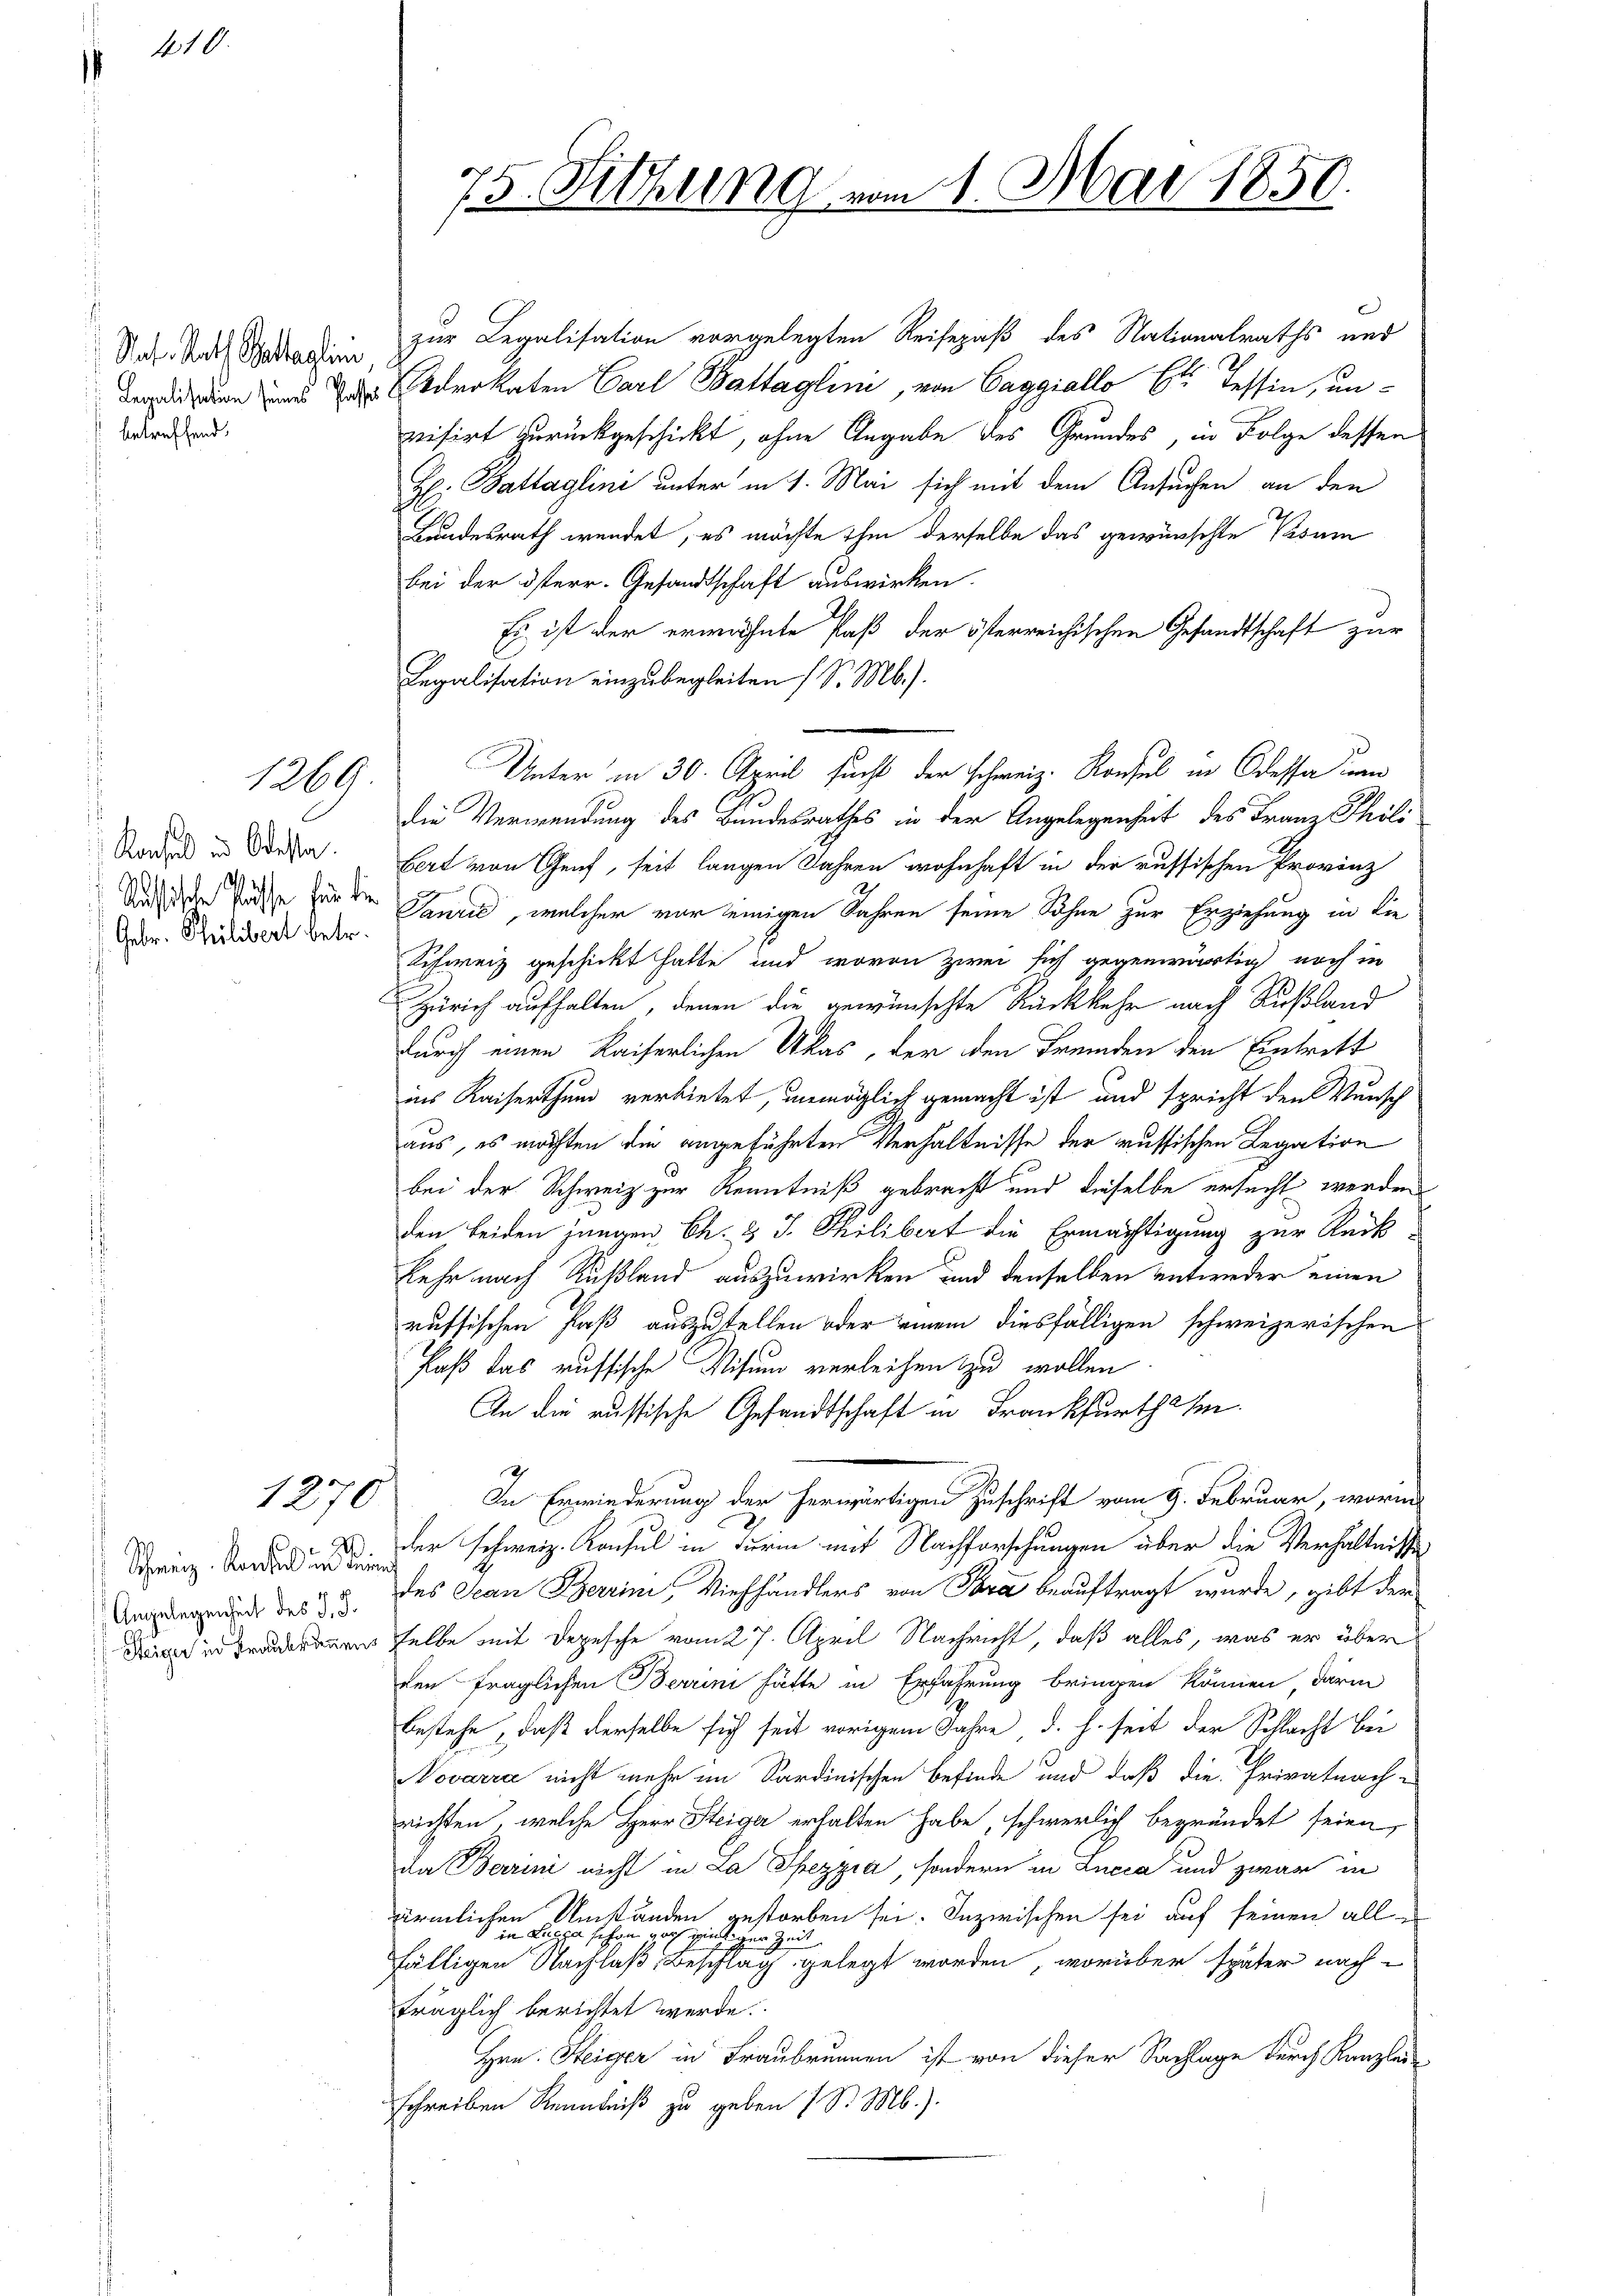
410.

Sat. Rath Bastaglini
betreffend.

Kachel in Odessa
Russische Pässe für die
Gebr. Philibert betr.

1269.

1270

1
24.
Schweiz. Konsens in der
Angelegenheit des J. J.
Steiger in Kraubrunnens

75. Sitzung vom 1. Mai 1850

zur Legalisation vorgelegten Reisepaß des Nationalraths und
S
dien und da trokaten Carl Battaglini, von Caggiallo et dessen, unvisirt zurückgeschickt, ohne Angabe des Grundes, in Folge dessen
H. Battaglini unter in 1. Mai sich mit dem Ansuchen an den
Bundesrath werdet, es möchte ihm derselbe das gewünschte Visum
bei der Osterr. Gesandtschaft auswirken.
Es ist der erwähnte Paß der österreichischen Gesandtschaft zur
Legalisation einzubegleiten (S. Mb.).
die Verwendung des Bundesrathes in der Angelegenheit des Franz Thöls
bert von Genf, seit langen Jahren wohnhaft in der russischen Provinz
Tančić, welcher vor einigen Jahren seine Söhne zur Erziehung in die
Schweiz geschickt hatte und wovon zwei sich gegenwärtig noch in
Zürich aufhalten, denen die gewünschte Rückkehr nach Rußland
durch einen Kaiserlichen Akas, der den Fremden den Eintrett
ins Kaiserthum verbietet, unmöglich gemacht ist und spricht den Wunsch
aus, es möchten die angeführten Verhältnisse der russischen Legation
bei der Schweiz zur Kenntniß gebracht und dieselbe ersucht werden
den beiden jungen Ch. & J. Philibert die Ermächtigung zur Rück-
kehr nach Rußland auszuwirken und denselben entweder einen
russischen Faß auszustellen oder einem diesfälligen schweizerischen
Kaß das russische Visum verleihen zu wollen.
An die russische Gesandtschaft in Frankfurthei¬
In Erwiederung der herwärtigen Zuschrift vom 9. Februar, worin
der schweiz. Konsul in Furin mit Nachforschungen über die Verhältnisse
127
des Jean Berrini, Viehhändlers von Sara beauftragt wurde, gibt der
selbe mit Depesche vom 27. April Nachricht, daß alles, was er über
den fraglichen Berrini hätte in Erfahrung bringen können, darin
bestehe, daß derselbe sich seit vorigem Jahre, d. h. seit der Schlacht bei
Novarra nicht mehr im Sardinischen Befinde und daß die Privatnach-
richten, welche Herr Steiger erhalten habe, schwerlich begründet seien,
da Berrini nicht in La Spezzia, sondern in Lucca und zwar in
ärmlichen Umständen gestorben sei. Inzwischen sei auf seinen alle
i Lucia schon doch einlicher Zeit
fälligen Nachlaß, Beschlag gelegt worden, worüber später nach-
träglich berichtet werde.
Hrn. Steiger in Fraubrunnen ist von dieser Sachlage durch Kanzlei-
schreiben Kenntniß zu geben (S. M.).

Unter in 30. April sucht der schweiz. Konsul in Odessa zum